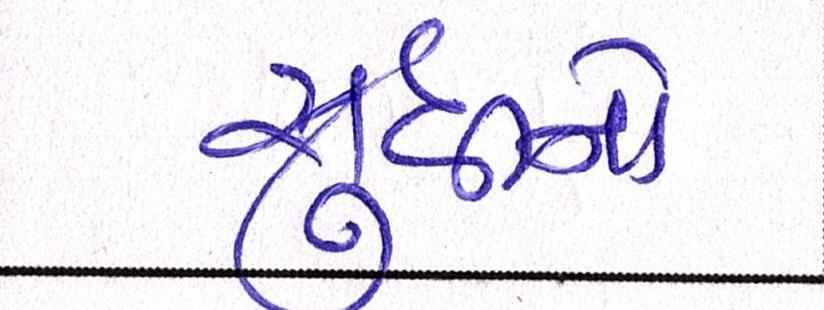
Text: સુધીનો